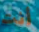
أنت